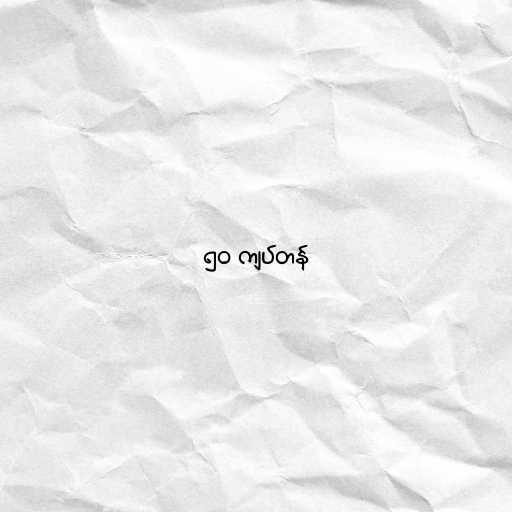
၅၀ ကျပ်တန်